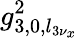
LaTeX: g_{3,0,l_{3\nu_{x}}}^{2}